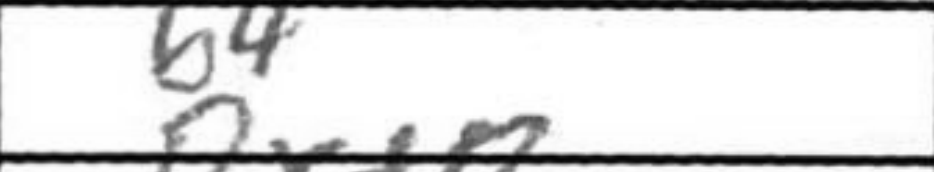
Transcription: b4